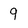
Character: 9